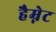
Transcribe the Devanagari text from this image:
हैम्नेट